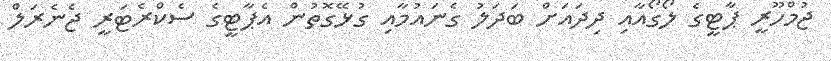
ޖުމްހޫރީ ޕާޓީގެ ލޯގޯއާއި ދިދައަށް ބަދަލު ގެނައުމާއި ގުޅޭގޮތުން އެޕާޓީގެ ސެކްރެޓަރީ ޖެނެރަލް